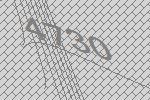
4730